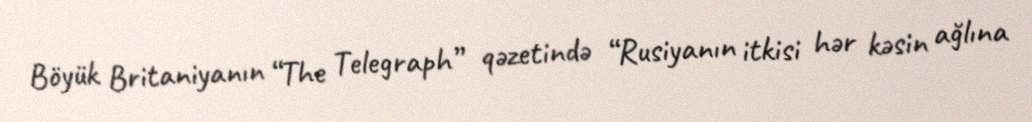
Böyük Britaniyanın “The Telegraph” qəzetində “Rusiyanın itkisi hər kəsin ağlına